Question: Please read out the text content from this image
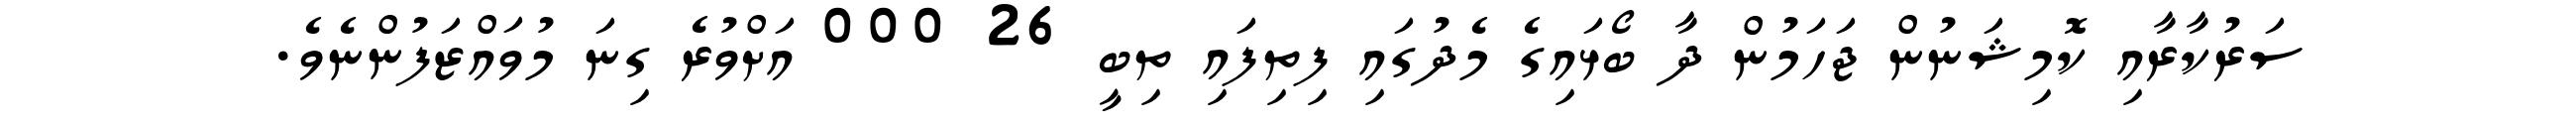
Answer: ސަރުކާރާއި ކޮމިޝަނުން ޖަހަމުން ދާ ބޯޅައިގެ މެދުގައި ފިތިފައި ތިބީ 26 000 އަށްވުރެ ގިނަ މުވައްޒަފުންނެވެ.